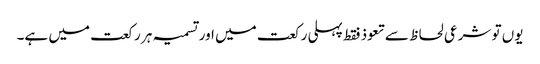
یوں تو شرعی لحاظ سے تعوذ فقط پہلی رکعت میں اور تسمیہ ہر رکعت میں ہے۔